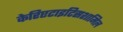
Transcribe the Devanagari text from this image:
केरिएटाइटिसशामिल